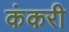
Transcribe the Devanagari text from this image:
कंकरी